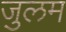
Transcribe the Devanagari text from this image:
जुलम